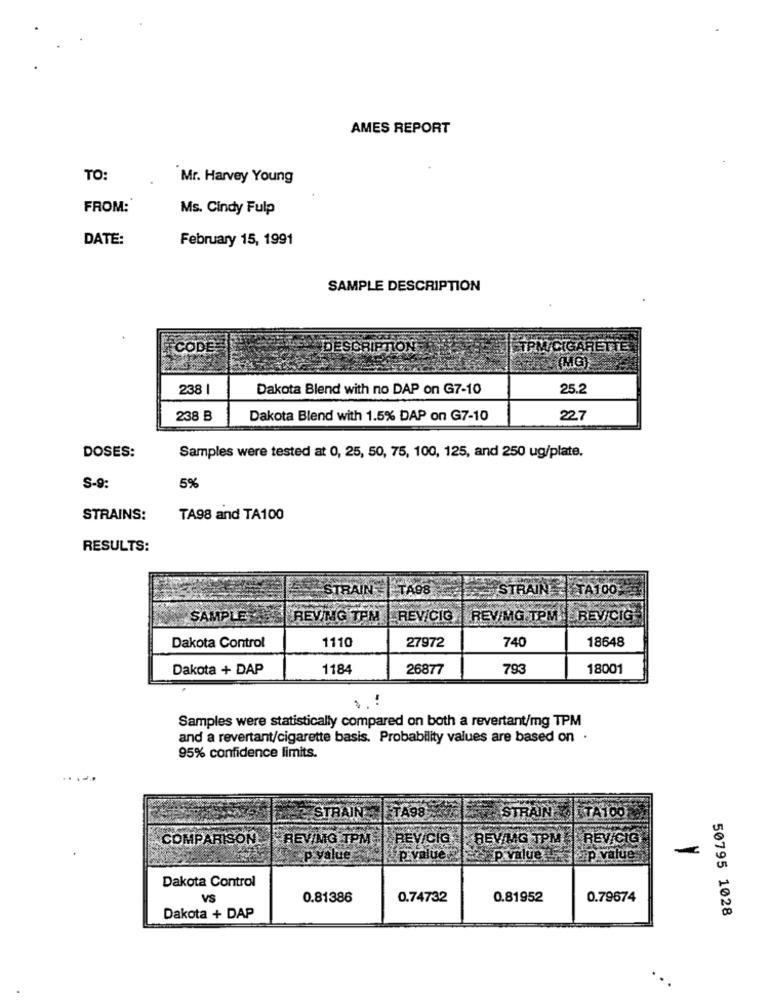
AMES REPORT
TO:
Mr. Harvey Young
FROM:
Ms. Cindy Fulp
DATE:
February 15, 1991
SAMPLE DESCRIPTION
CODE
DESCRIPTION
(MG)
238 |
Dakota Blend with no DAP on G7-10
25.2
238 B
Dakota Blend with 1.5% DAP on G7-10
22.7
DOSES:
Samples were tested at 0, 25, 50, 75, 100, 125, and 250 ug/plate.
S-9:
5%
STRAINS:
TA98 and TA100
RESULTS:
STRAIN
TA98
STRAIN = TA100
SAMPLE
REVIMG TPM
REVICIG
REV/MG.TPM EREV/CIG
1110
27972
740
18648
Dakota Control
Dakota + DAP
1184
26877
793
18001
Samples were statistically compared on both a revertant/mg TPM
and a revertant/cigarette basis. Probability values are based on .
95% confidence limits.
TA98
KITA100
STRAIN
STRAINS
COMPARISON
REVING TPM
REV/CIÇ
BEVING TPME
REV/CIG
p value
p value:
P value
fap value
Dakota Control
VS
0.81386
0.74732
0.81952
0.79674
50795 1028
Dakota + DAP